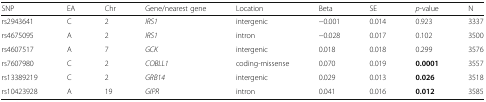
<table><thead><tr><td><b>SNP</b></td><td><b>EA</b></td><td><b>Chr</b></td><td><b>Gene/nearest gene</b></td><td><b>Location</b></td><td><b>Beta</b></td><td><b>SE</b></td><td><b><i>p</i>-value</b></td><td><b>N</b></td></tr></thead><tbody><tr><td>rs2943641</td><td>C</td><td>2</td><td><i>IRS1</i></td><td>intergenic</td><td>−0.001</td><td>0.014</td><td>0.923</td><td>3337</td></tr><tr><td>rs4675095</td><td>A</td><td>2</td><td><i>IRS1</i></td><td>intron</td><td>−0.028</td><td>0.017</td><td>0.102</td><td>3500</td></tr><tr><td>rs4607517</td><td>A</td><td>7</td><td><i>GCK</i></td><td>intergenic</td><td>0.018</td><td>0.018</td><td>0.299</td><td>3576</td></tr><tr><td>rs7607980</td><td>C</td><td>2</td><td><i>COBLL1</i></td><td>coding-missense</td><td>0.070</td><td>0.019</td><td><b>0.0001</b></td><td>3557</td></tr><tr><td>rs13389219</td><td>C</td><td>2</td><td><i>GRB14</i></td><td>intergenic</td><td>0.029</td><td>0.013</td><td><b>0.026</b></td><td>3518</td></tr><tr><td>rs10423928</td><td>A</td><td>19</td><td><i>GIPR</i></td><td>intron</td><td>0.041</td><td>0.016</td><td><b>0.012</b></td><td>3585</td></tr></tbody></table>